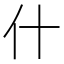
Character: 什